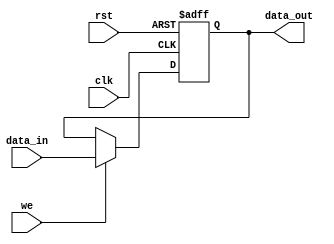
// =================================================================================/
// Project Name :
// Creat Time   : 2018/10/25 17:04:45
// Module Ver   : V1.0
// Abstract     :
//
// CopyRight(c) 2014, Authors...
// All Rights Reserved
//
// ---------------------------------------------------------------------------------/
//
// Modification History:
// V1.0         initial
// =================================================================================/
`timescale 1ns/1ns

module can_register_asyn #(
parameter                           WIDTH = 8, // default parameter of the register width
parameter                           RESET_VALUE = 0,
parameter                           U_DLY = 1
)(
input           [WIDTH-1:0]         data_in,
input                               we,
input                               clk,
input                               rst,

output  reg     [WIDTH-1:0]         data_out
);
// Parameter Define

// Register Define

// Wire Define



always @ (posedge clk or posedge rst)
begin
    if (rst == 1'b1)                            // asynchronous reset
        data_out <= RESET_VALUE;
    else
        begin
            if (we == 1'b1)                        // write
                data_out <= #U_DLY data_in;
            else;
        end
end

endmodule